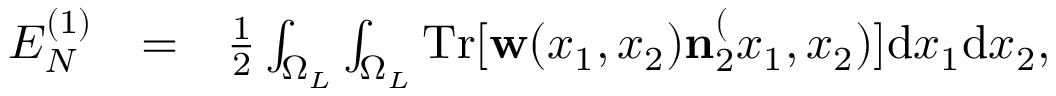
\begin{array} { r l r } { E _ { N } ^ { ( 1 ) } } & { = } & { \frac { 1 } { 2 } \int _ { \Omega _ { L } } \int _ { \Omega _ { L } } \ensuremath { \mathrm { T r } } [ \ensuremath { \mathbf { w } } ( x _ { 1 } , x _ { 2 } ) \ensuremath { \mathbf { n } } _ { 2 } ^ ( x _ { 1 } , x _ { 2 } ) ] \ensuremath { \mathrm { d } } x _ { 1 } \ensuremath { \mathrm { d } } x _ { 2 } , } \end{array}